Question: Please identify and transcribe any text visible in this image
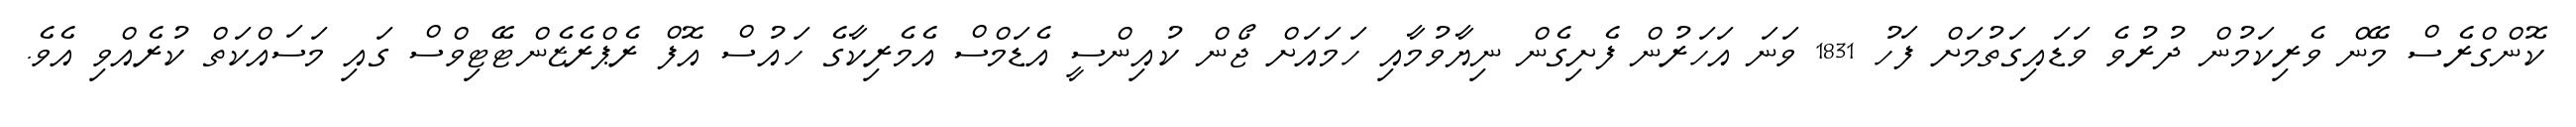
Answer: ކޮންގްރެސް މޭން ވެރިކަމުން ދުރުވެ ވަޑައިގަތުމަށް ފަހު 1831 ވަނަ އަހަރުން ފެށިގެން ނިޔާވުމާއި ހަމައަށް ޖޯން ކުއިންސީ އެޑަމްސް އެމެރިކާގެ ހައުސް އޮފް ރެޕްރެޒެންޓޭޓިވްސް ގައި މަސައްކަތް ކުރެއްވި އެވެ.